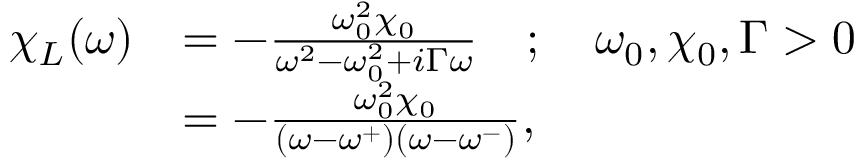
\begin{array} { r l } { \chi _ { L } ( \omega ) } & { = - \frac { \omega _ { 0 } ^ { 2 } \chi _ { 0 } } { \omega ^ { 2 } - \omega _ { 0 } ^ { 2 } + i \Gamma \omega } \quad ; \quad \omega _ { 0 } , \chi _ { 0 } , \Gamma > 0 } \\ & { = - \frac { \omega _ { 0 } ^ { 2 } \chi _ { 0 } } { ( \omega - \omega ^ { + } ) ( \omega - \omega ^ { - } ) } , } \end{array}